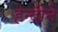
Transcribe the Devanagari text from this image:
हेन्द्रीने